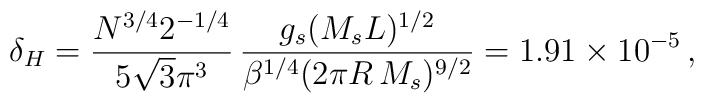
\delta_H = {N^{3/4}2^{-1/4}\over5\sqrt3\pi^3}\,{g_s(M_sL)^{1/2}\over\beta^{1/4}(2\pi R\,M_s)^{9/2}} = 1.91\times 10^{-5}\,,